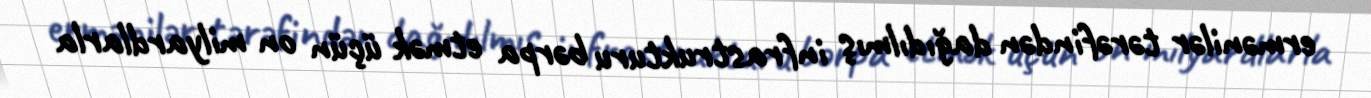
ermənilər tərəfindən dağıdılmış infrastrukturu bərpa etmək üçün on milyardlarla